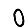
Digit: 0